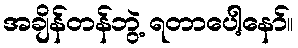
အချိန်တန်ဘွဲ့ ရတာပေါ့နော်။